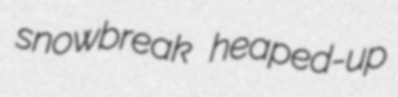
snowbreak heaped-up